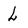
Character: L